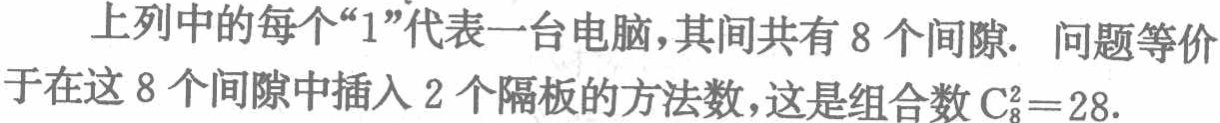
上列中的每个“1”代表一台电脑,其间共有 8 个间隙. 问题等价于在这 8 个间隙中插入 2 个隔板的方法数,这是组合数 \(C_{8}^{2}=28\).